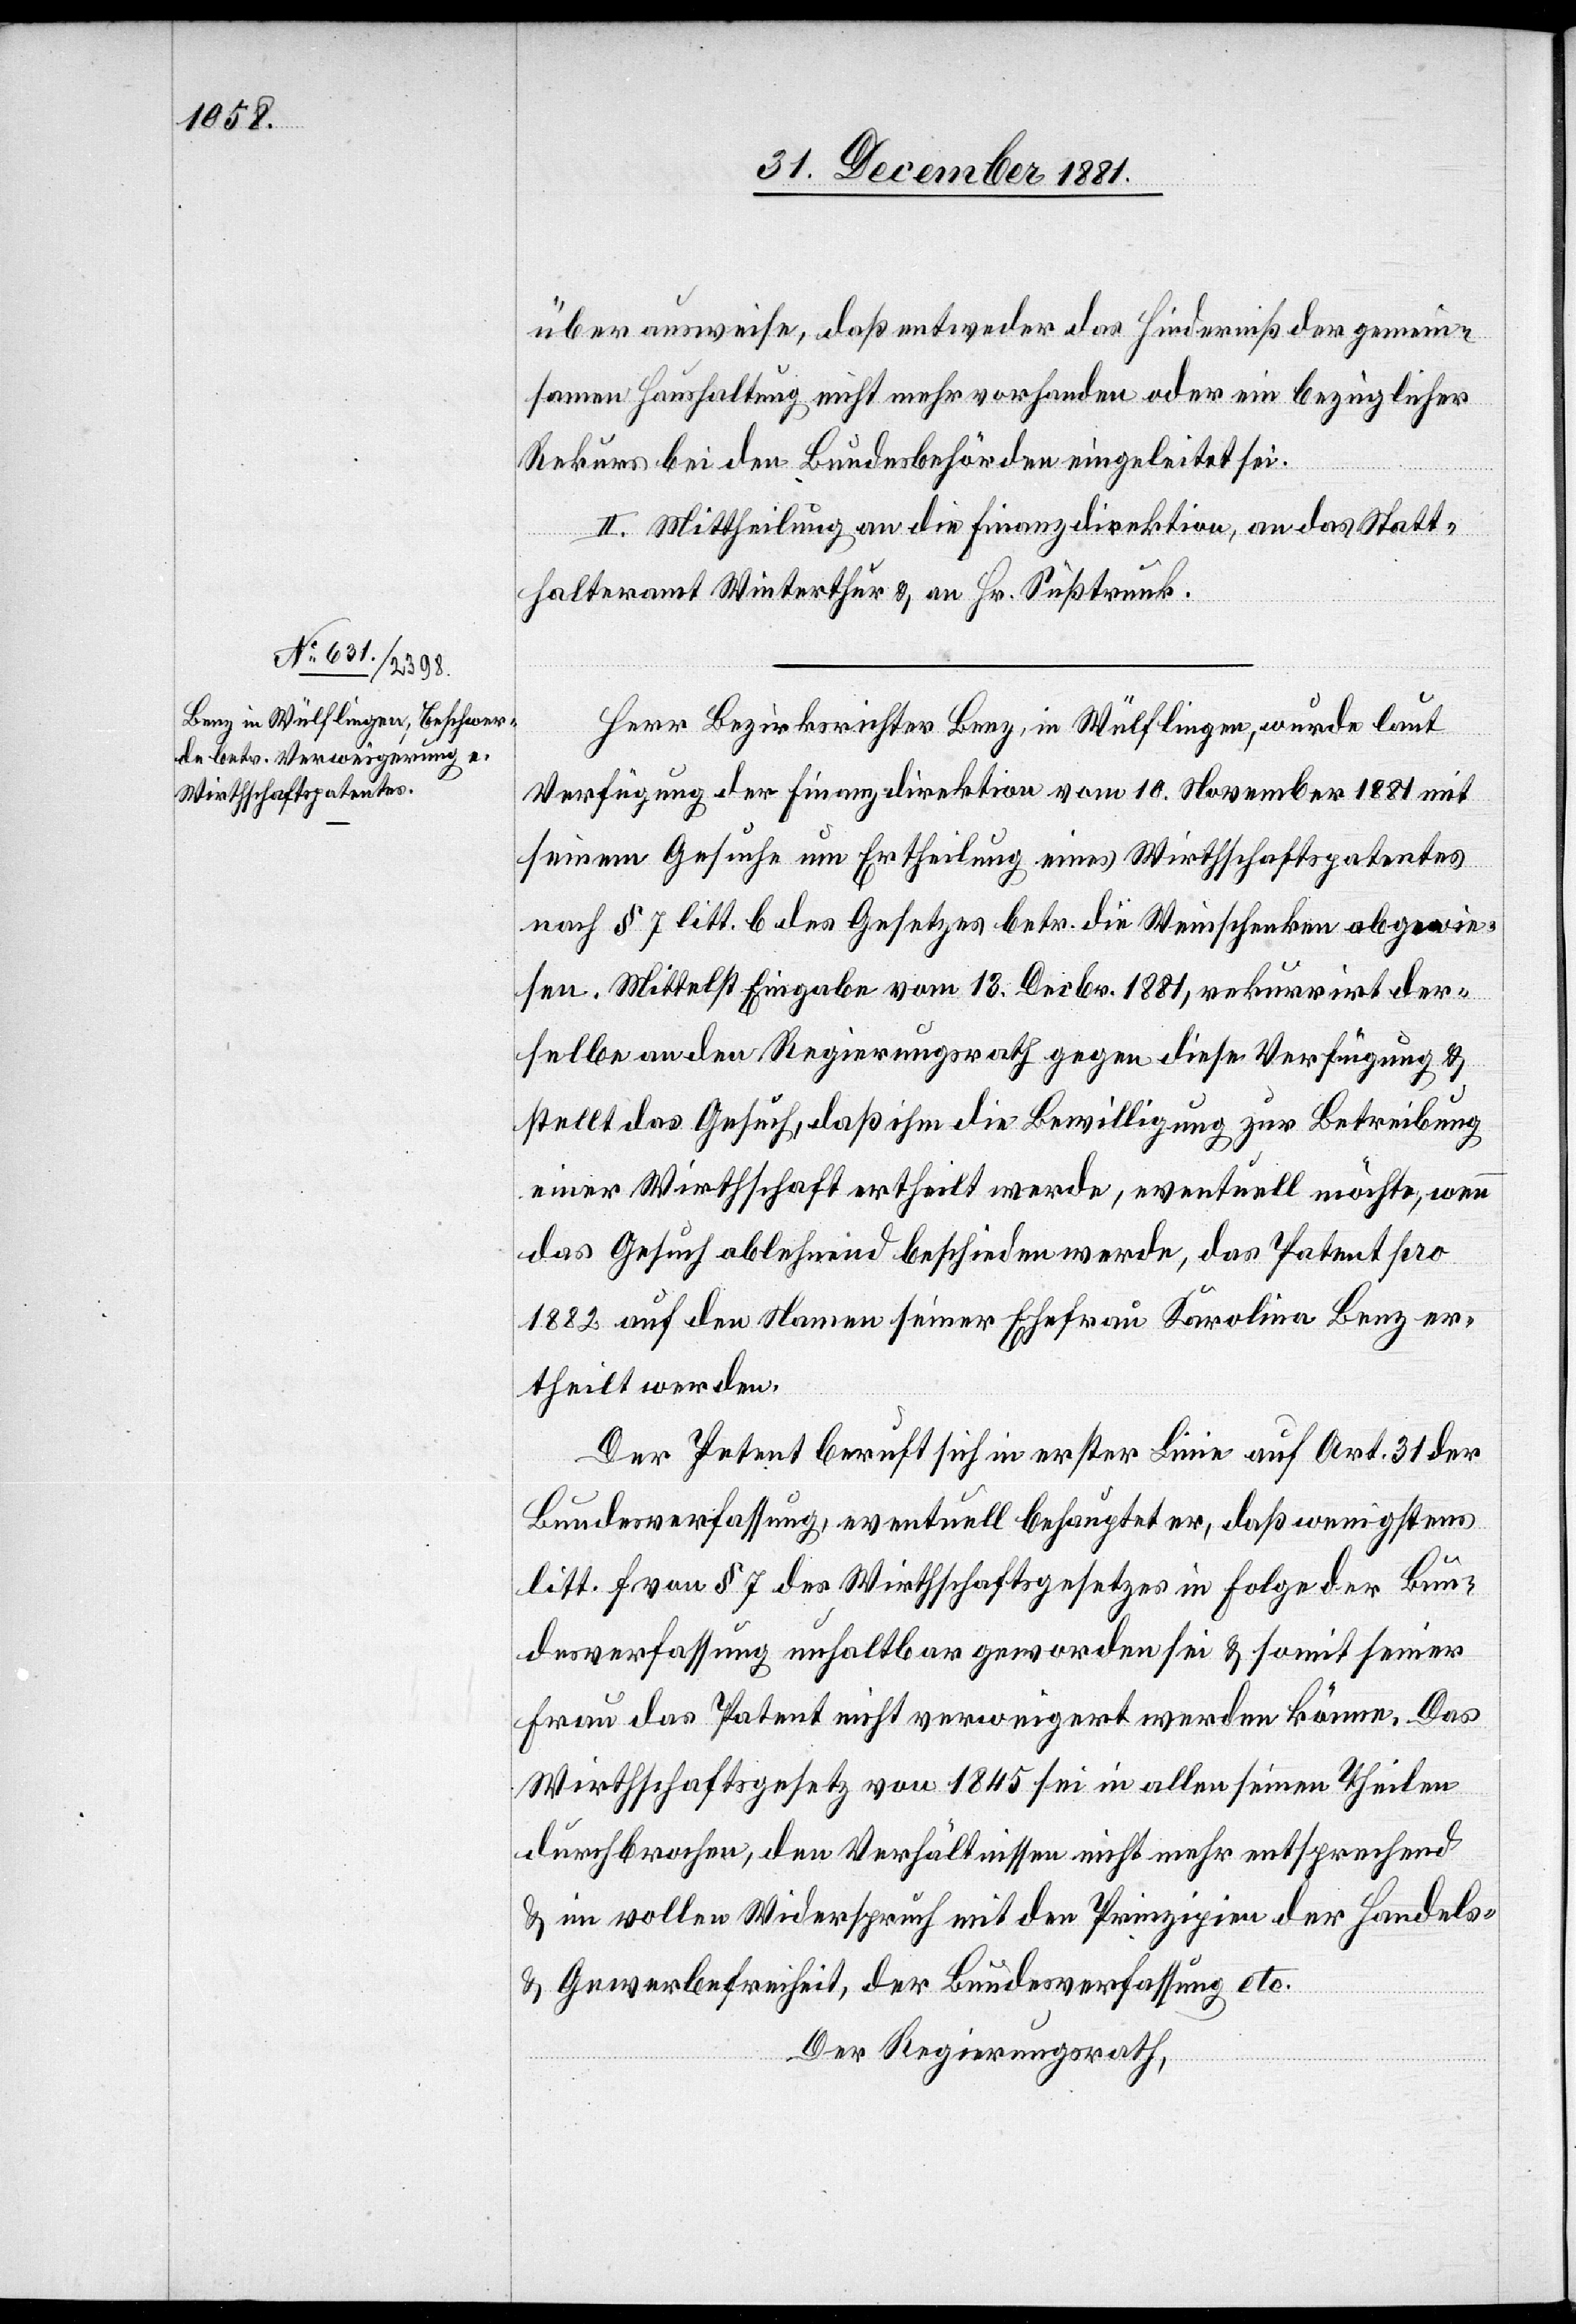
über ausweise, daß entweder das Hinderniß der gemein¬
samen Haushaltung nicht mehr vorhanden oder ein bezüglicher
Rekurs bei den Bundesbehörden eingeleitet sei.
II. Mittheilung an die Finanzdirektion, an das Statt¬
halteramt Winterthur & an Hr. Süßtrunk.
Herr Bezirksrichter Benz, in Wülflingen, wurde laut
Verfügung der Finanzdirektion vom 10. November 1881 mit
seinem Gesuche um Ertheilung eines Wirthschaftspatentes
nach § 7, litt. b des Gesetzes betr. die Weinschenken abgewie¬
sen. Mittelst Eingabe vom 13. Decbr. 1881, rekurrirt der¬
selbe an den Regierungsrath gegen diese Verfügung &
stellt das Gesuch, daß ihm die Bewilligung zur Betreibung
einer Wirthschaft ertheilt werde, eventuell möchte, wenn
das Gesuch ablehnend beschieden werde, das Patent pro
1882 auf den Namen seiner Ehefrau Karolina Benz er¬
theilt werden.
Der Petent beruft sich in erster Linie auf Art. 31 der
Bundesverfassung, eventuell behauptet er, daß wenigstens
litt. f von § 7 des Wirthschaftsgesetzes in folgender Bun¬
desverfassung unhaltbar geworden sei & somit seiner
Frau das Patent nicht verweigert werden könne. Das
Wirthschaftsgesetz von 1845 sei in allen seinen Theilen
durchbrochen, den Verhältnissen nicht mehr entsprechend
& im vollen Widerspruch mit den Prinzipien der Handels-
& Gewerbefreiheit, der Bundesverfassung etc.
Der Regierungsrath,